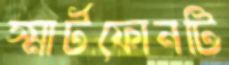
স্মার্টফোনটি